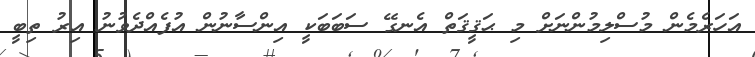
އަހަރެމެން މުސްލިމުންނަށް މި ޙަޤީޤަތް އެނގޭ ސަބަބަކީ އިންސާނުން އުފެއްދެވުނު އިރު ތިބީ